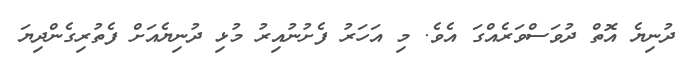
ދުނިޔެ އޮތް ދުވަސްވަރެއްގަ އެވެ. މި އަހަރު ފެށުނުއިރު މުޅި ދުނިޔެއަށް ފެތުރިގެންދިޔަ